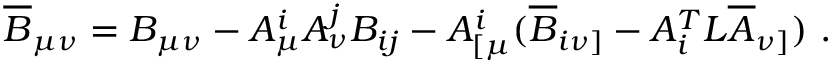
\overline { { { B } } } _ { \mu \nu } = B _ { \mu \nu } - A _ { \mu } ^ { i } A _ { \nu } ^ { j } B _ { i j } - A _ { [ \mu } ^ { i } ( \overline { { { B } } } _ { i \nu ] } - A _ { i } ^ { T } L \overline { { { A } } } _ { \nu ] } ) \ .